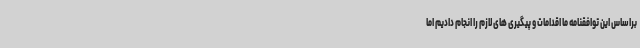
براساس این توافقنامه ما اقدامات و پیگیری های لازم را انجام دادیم اما